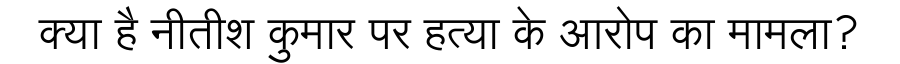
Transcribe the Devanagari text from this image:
क्या है नीतीश कुमार पर हत्या के आरोप का मामला?